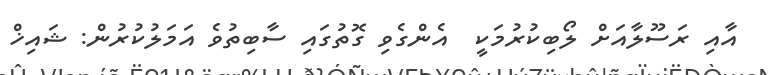
އާއި ރަސޫލާއަށް ލޯބިކުރުމަކީ  އެންގެވި ގޮތުގައި ސާބިތުވެ އަމަލުކުރުން: ޝައިޚް